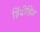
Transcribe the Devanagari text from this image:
हिंदीहित